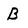
Character: B